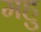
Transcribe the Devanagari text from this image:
महु